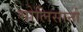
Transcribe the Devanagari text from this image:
गोलिसानो